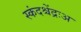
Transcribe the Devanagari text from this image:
स्कंदश्चेंद्रःअ